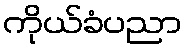
ကိုယ်ခံပညာ